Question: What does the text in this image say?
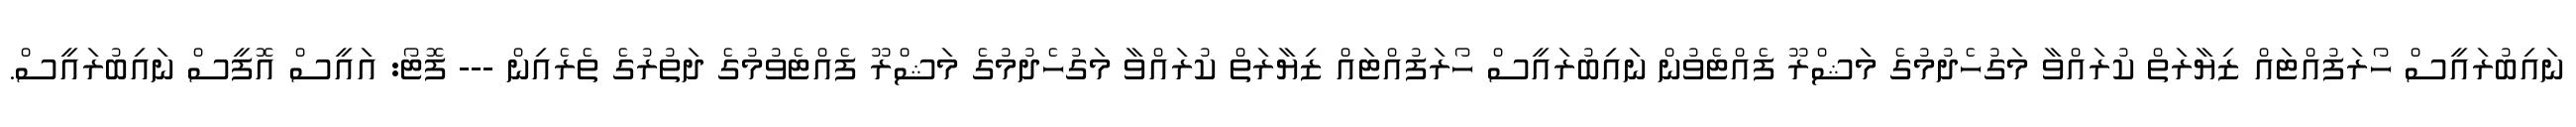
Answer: ނައިބުރައީސް ހޯރަފުއްޓައް ޒިޔާރަތް ކުރައްވާ މަގުހެދުމުގެ މަޝްރޫ ފެއްޓެވުން ނައިބުރައީސް ހޯރަފުއްޓައް ޒިޔާރަތް ކުރައްވާ މަގުހެދުމުގެ މަޝްރޫ ފެއްޓެވުމުގެ ދަތުރުގެ ތެރެއިން --- ފޮޓޯ: އައީސް އޮފީސް ނައިބުރައީސް.